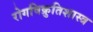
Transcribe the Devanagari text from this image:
रोगविक्रुतिशास्त्र